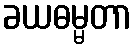
ခယဓမ္မတာ